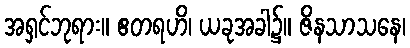
အရှင်ဘုရား။ ဧတရဟိ၊ ယခုအခါ၌။ ဇိနသာသနေ၊